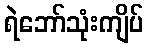
ရဲဘော်သုံးကျိပ်